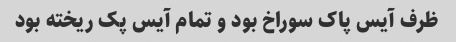
ظرف آیس پاک سوراخ بود و تمام آیس پک ریخته بود